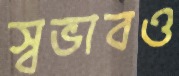
স্বভাবও